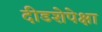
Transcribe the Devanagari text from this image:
दीडशेपेक्षा